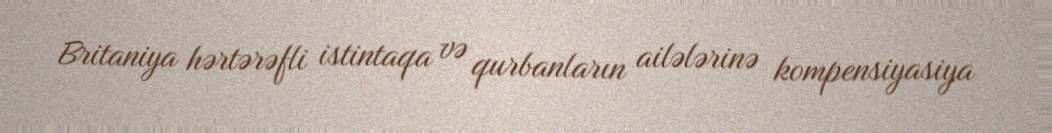
Britaniya hərtərəfli istintaqa və qurbanların ailələrinə kompensiyasiya